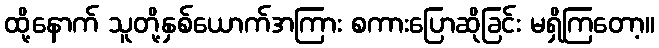
ထို့နောက် သူတို့နှစ်ယောက်အကြား စကားပြောဆိုခြင်း မရှိကြတော့။